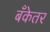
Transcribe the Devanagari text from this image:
बँकेतर